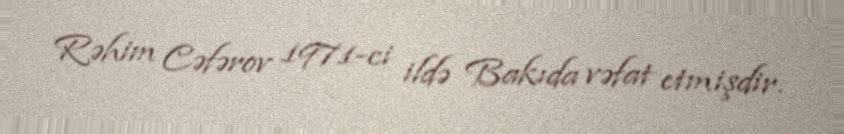
Rəhim Cəfərov 1971-ci ildə Bakıda vəfat etmişdir.